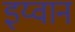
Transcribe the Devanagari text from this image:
इय्वान